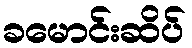
ခမောင်းဆိပ်